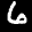
Label: 6